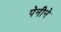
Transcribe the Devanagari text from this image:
पेनीने